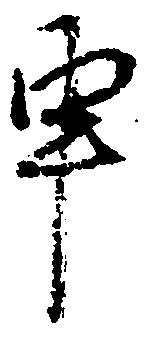
申